Indian journal of veterinary science and animal husbandry - Volume 3,
Year: 1933
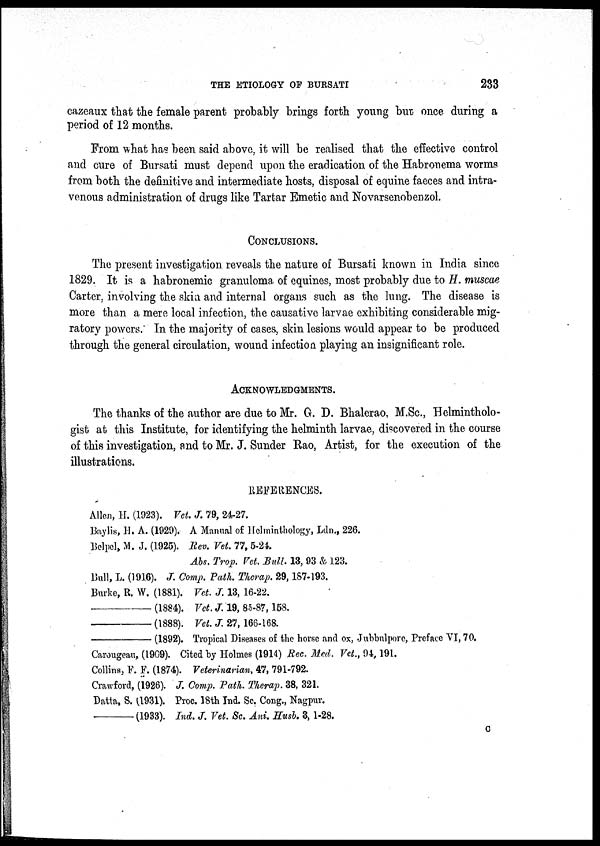
THE ETIOLOGY OF BURSATI
233
cazeaux that the female parent probably brings forth young but once during a
period of 12 months.
From what has been said above, it will be realised that the effective control
and cure of Bursati must depend upon the eradication of the Habronema worms
from both the definitive and intermediate hosts, disposal of equine faeces and intra-
venous administration of drugs like Tartar Emetic and Novarsenobenzol.
CONCLUSIONS.
The present investigation reveals the nature of Bursati known in India since
1829. It is a habronemic granuloma of equines, most probably due to H. muscae
Carter, involving the skin and internal organs such as the lung. The disease is
more than a mere local infection, the causative larvae exhibiting considerable mig-
ratory powers. In the majority of cases, skin lesions would appear to be produced
through the general circulation, wound infection playing an insignificant role.
ACKNOWLEDGMENTS.
The thanks of the author are due to Mr. G. D. Bhalerao, M.Sc., Helmintholo-
gist at this Institute, for identifying the helminth larvae, discovered in the course
of this investigation, and to Mr. J. Sunder Rao, Artist, for the execution of the
illustrations.
REFERENCES.
Allen, H. (1923). Vet. J. 79, 24-27.
Baylis, H. A. (1929). A Manual of Helminthology, Ldn., 226.
Belpel, M. J. (1925). Rev. Vet. 77, 5-24.
Abs. Trop. Vet. Bull. 13, 93 & 123.
Bull, L. (1916). J. Comp. Path. Therap. 29, 187-193.
Burke, R. W. (1881). Vet. J. 13, 16-22.
—
(1884). Vet. J. 19, 85-87,158.
—
(1888). Vet. J. 27, 166-168.
—
(1892). Tropical Diseases of the horse and ox, Jubbulpore, Preface VI, 70.
Carougeau, (1909). Cited by Holmes (1914) Rec. Med. Vet., 94,191.
Collins, F. F. (1874). Veterinarian, 47, 791-792.
Crawford, (1926). J. Comp. Path. Therap. 38, 321.
Datta, S. (1931). Proc. 18th Ind. Sc. Cong., Nagpur.
—
(1933). Ind. J. Vet. Sc. Ani. Husb. 3, 1-28.
C